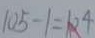
1 0 5 - 1 = 1 0 4